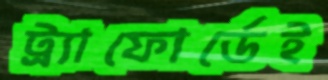
ট্র্যাফোর্ডেই